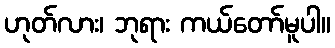
ဟုတ်လား၊ ဘုရား ကယ်တော်မူပါ။